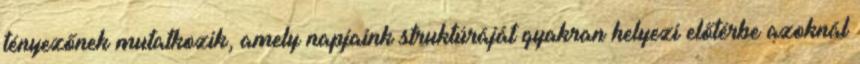
tényezőnek mutatkozik, amely napjaink struktúráját gyakran helyezi előtérbe azoknál